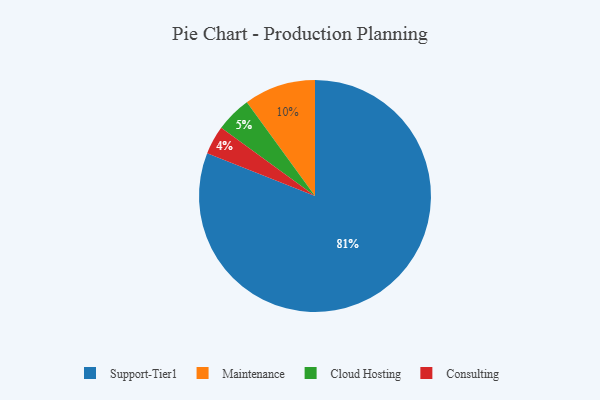
{"axis": {"x": "Category", "y": "Percentage"}, "legend": ["Cloud Hosting", "Consulting", "Maintenance", "Support-Tier1"], "data": [{"x": "Support-Tier1", "y": 81, "type": "Support-Tier1"}, {"x": "Cloud Hosting", "y": 5, "type": "Cloud Hosting"}, {"x": "Consulting", "y": 4, "type": "Consulting"}, {"x": "Maintenance", "y": 10, "type": "Maintenance"}]}